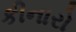
કીનારો